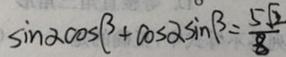
\sin \alpha \cos \beta + \cos \alpha \sin \beta = \frac { 5 \sqrt { 2 } } { 8 }